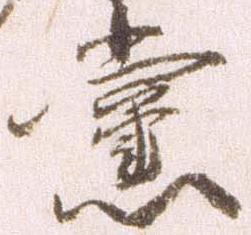
党